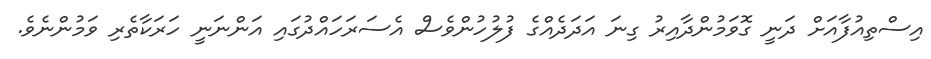
އިސްތިއުފާއަށް ދަނީ ގޮވަމުންދާއިރު ގިނަ އަދަދެއްގެ ފުލުހުންވެސް އެސަރަހައްދުގައި އަންނަނީ ހަރަކާތެރި ވަމުންނެވެ.